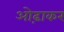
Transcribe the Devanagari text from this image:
ओढ़ाकर